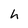
Character: h